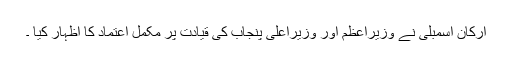
ارکان اسمبلی نے وزیراعظم اور وزیراعلیٰ پنجاب کی قیادت پر مکمل اعتماد کا اظہار کیا ۔